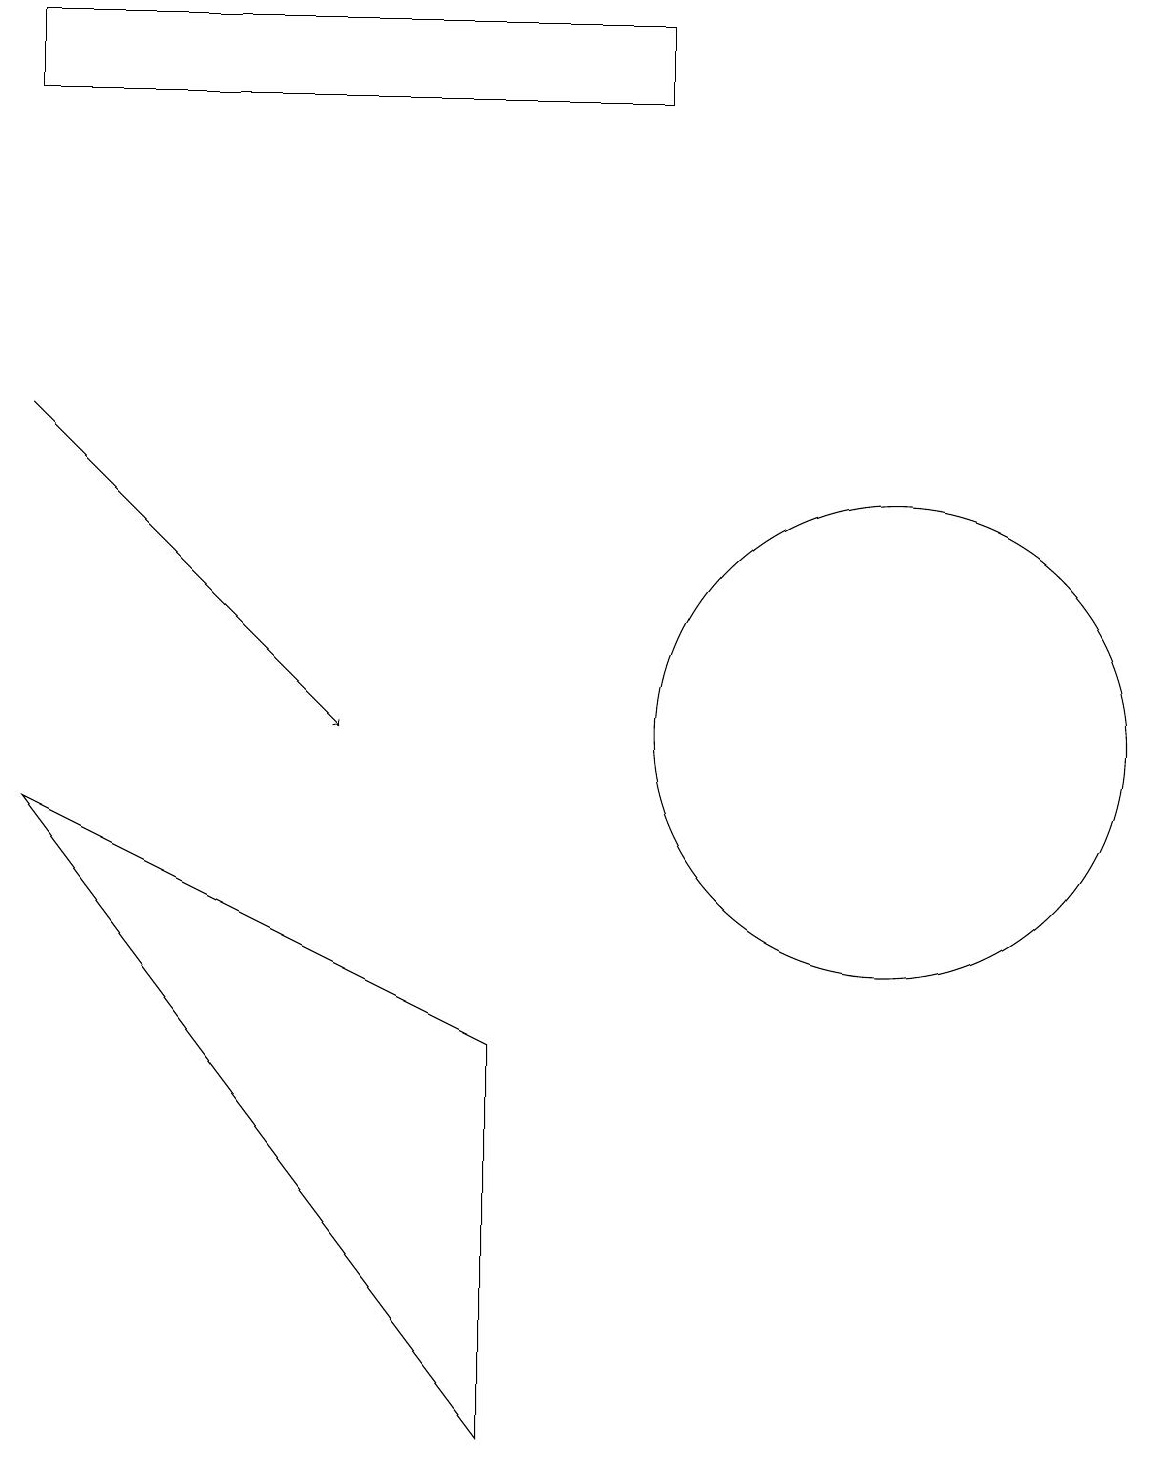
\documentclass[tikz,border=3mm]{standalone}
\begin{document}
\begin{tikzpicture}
\draw (11,10) circle (3);
\draw[->] (0,14) -- (4,10);
\draw (6,1) -- (6,6) -- (0,9) -- cycle;
\draw (11,11) circle (0);
\draw (0,18) rectangle (8,19);
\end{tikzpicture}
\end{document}